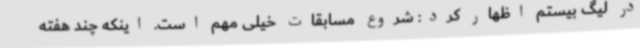
در لیگ بیستم اظهار کرد: شروع مسابقات خیلی مهم است. اینکه چند هفته